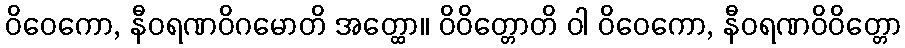
ဝိဝေကော, နီဝရဏဝိဂမောတိ အတ္ထော။ ဝိဝိတ္တောတိ ဝါ ဝိဝေကော, နီဝရဏဝိဝိတ္တော